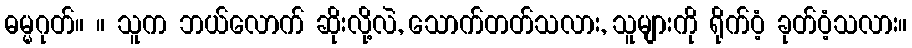
ဓမ္မဂုတ်။ ။ သူက ဘယ်လောက် ဆိုးလို့လဲ, သောက်တတ်သလား, သူများကို ရိုက်ဝံ့ ခုတ်ဝံ့သလား။